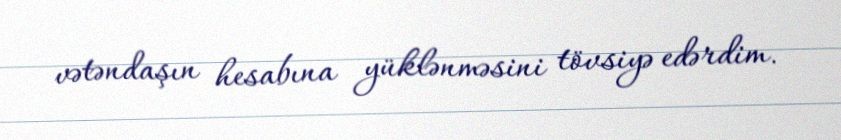
vətəndaşın hesabına yüklənməsini tövsiyə edərdim.